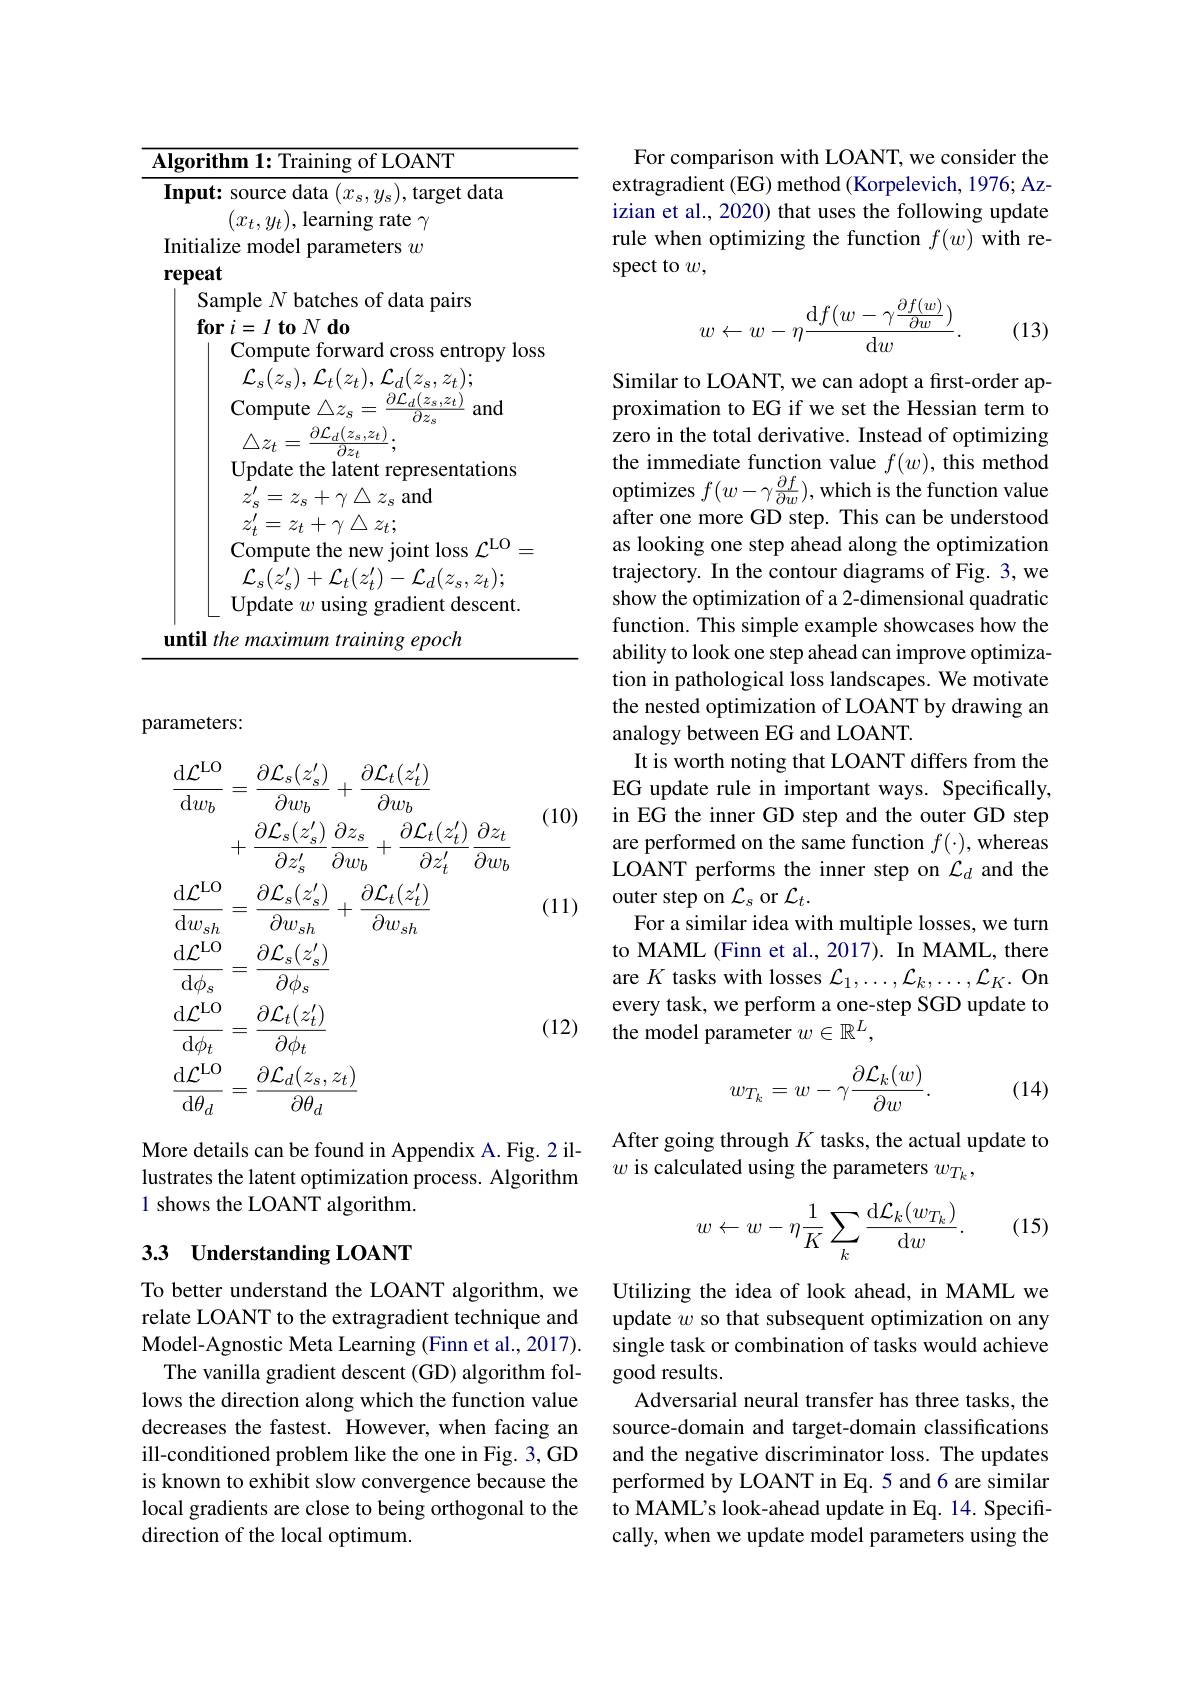
<table>
	<tbody>
		<tr>
			<td>$\mathbf{g}$</td>
			<td>ithm 1: Training of LOANT</td>
		</tr>
	</tbody>
</table>

parameters:

(10)

(11)
$$\begin{aligned}&\frac{\mathrm{d}\mathcal{L}^{\mathrm{LO}}}{\mathrm{d}w_{b}}=\frac{\partial\mathcal{L}_{s}(z_{s}^{\prime})}{\partial w_{b}}+\frac{\partial\mathcal{L}_{t}(z_{t}^{\prime})}{\partial w_{b}}\\&+\frac{\partial\mathcal{L}_{s}(z_{s}^{\prime})}{\partial z_{s}^{\prime}}\frac{\partial z_{s}}{\partial w_{b}}+\frac{\partial\mathcal{L}_{t}(z_{t}^{\prime})}{\partial z_{t}^{\prime}}\frac{\partial z_{t}}{\partial w_{b}}\\&\frac{\mathrm{d}\mathcal{L}^{\mathrm{LO}}}{\mathrm{d}w_{sh}}=\frac{\partial\mathcal{L}_{s}(z_{s}^{\prime})}{\partial w_{sh}}+\frac{\partial\mathcal{L}_{t}(z_{t}^{\prime})}{\partial w_{sh}}\\&\frac{\mathrm{d}\mathcal{L}^{\mathrm{LO}}}{\mathrm{d}\phi_{s}}=\frac{\partial\mathcal{L}_{s}(z_{s}^{\prime})}{\partial\phi_{s}}\\&\frac{\mathrm{d}\mathcal{L}^{\mathrm{LO}}}{\mathrm{d}\phi_{t}}=\frac{\partial\mathcal{L}_{t}(z_{t}^{\prime})}{\partial\phi_{t}}\\&\frac{\mathrm{d}\mathcal{L}^{\mathrm{LO}}}{\mathrm{d}\theta_{d}}=\frac{\partial\mathcal{L}_{d}(z_{s},z_{t})}{\partial\theta_{d}}\end{aligned}$$
(12)

More details can be found in Appendix A.Fig. 2 illustrates the latent optimization process. Algorithm 1 shows the LOANT algorithm.

## 33 Understanding LOANT

To better understand the LOANT algorithm, we relate LOANT to the extragradient technique and Model-Agnostic Meta Learning (Finn et al., 2017).
The vanilla gradient descent (GD) algorithm follows the direction along which the function value decreases the fastest. However, when facing an ill-conditioned problem like the one in Fig. 3, GD is known to exhibit slow convergence because the local gradients are close to being orthogonal to the direction of the local optimum.

For comparison with LOANT, we consider the extragradient (EG) method (Korpelevich, 1976; Azizian et al., 2020) that uses the following update rule when optimizing the function $f(w)$ with respect to $w$,
$$w\leftarrow w-\eta\frac{\mathrm df(w-\gamma\frac{\partial f(w)}{\partial w})}{\mathrm dw}.$$
(13)

Similar to LOANT, we can adopt a first-order approximation to EG if we set the Hessian term to zero in the total derivative. Instead of optimizing the immediate function value $f(w)$, this method optimizes $f(w-\gamma\frac{\partial f}{\partial w})$, which is the function value after one more GD step. This can be understood as looking one step ahead along the optimization trajectory. In the contour diagrams of Fig. 3, we show the optimization of a 2-dimensional quadratic function. This simple example showcases how the ability to look one step ahead can improve optimization in pathological loss landscapes. We motivate the nested optimization of LOANT by drawing an analogy between EG and LOANT.
It is worth noting that LOANT differs from the EG update rule in important ways. Specifically, in EG the inner GD step and the outer GD step are performed on the same function $f(\cdot)$, whereas LOANT performs the inner step on $\mathcal{L}_d$ and the outer step on $\mathcal{L}_s$ or $\mathcal{L}_t.$
For a similar idea with multiple losses, we turn to MAML (Finn et al., 2017). In MAML, there are $K$ tasks with losses $\mathcal{L}_1,\ldots,\mathcal{L}_k,\ldots,\mathcal{L}_K.$ On every task, we perform a one-step SGD update to the model parameter $w\in\mathbb{R}^L$,
$$w_{T_k}=w-\gamma\frac{\partial\mathcal{L}_k(w)}{\partial w}.$$
(14)

After going through $K$ tasks, the actual update to
$w$ is calculated using the parameters $w_T_k$,

(15)
$$w\leftarrow w-\eta\frac{1}{K}\sum_{k}\frac{\mathrm{d}\mathcal{L}_{k}(w_{T_{k}})}{\mathrm{d}w}.$$
Utilizing the idea of look ahead, in MAML we update $w$ so that subsequent optimization on any single task or combination of tasks would achieve good results.
Adversarial neural transfer has three tasks, the source-domain and target-domain classifications and the negative discriminator loss. The updates performed by LOANT in Eq. 5 and 6 are similar to MAML's look-ahead update in Eq. 14. Specifically, when we update model parameters using the